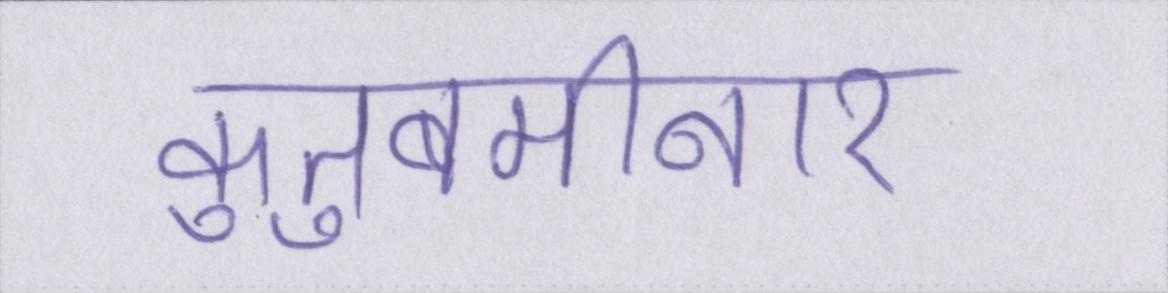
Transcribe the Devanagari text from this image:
कुतुबमीनार